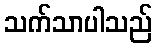
သက်သာပါသည်